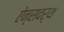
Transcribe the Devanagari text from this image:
ऐन्सवर्थ